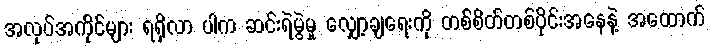
အလုပ်အကိုင်များ ရရှိလာ ပါက ဆင်းရဲမွဲမှု လျှော့ချရေးကို တစ်စိတ်တစ်ပိုင်းအနေနဲ့ အထောက်